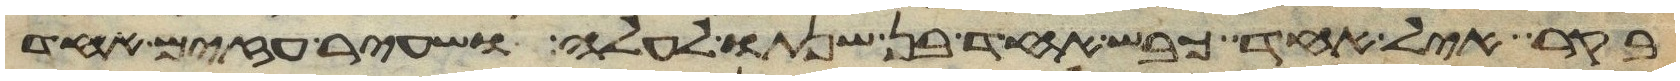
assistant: בקר איל אחד כבש אחד בן שנתו לעלה ושעיר עזים אחד